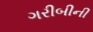
ગરીબીની